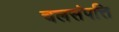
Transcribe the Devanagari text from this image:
चलसंपत्ति